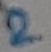
Text: 2